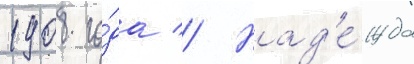
1908 го́да // Над'е́жда